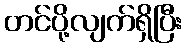
တင်ပို့လျက်ရှိပြီး